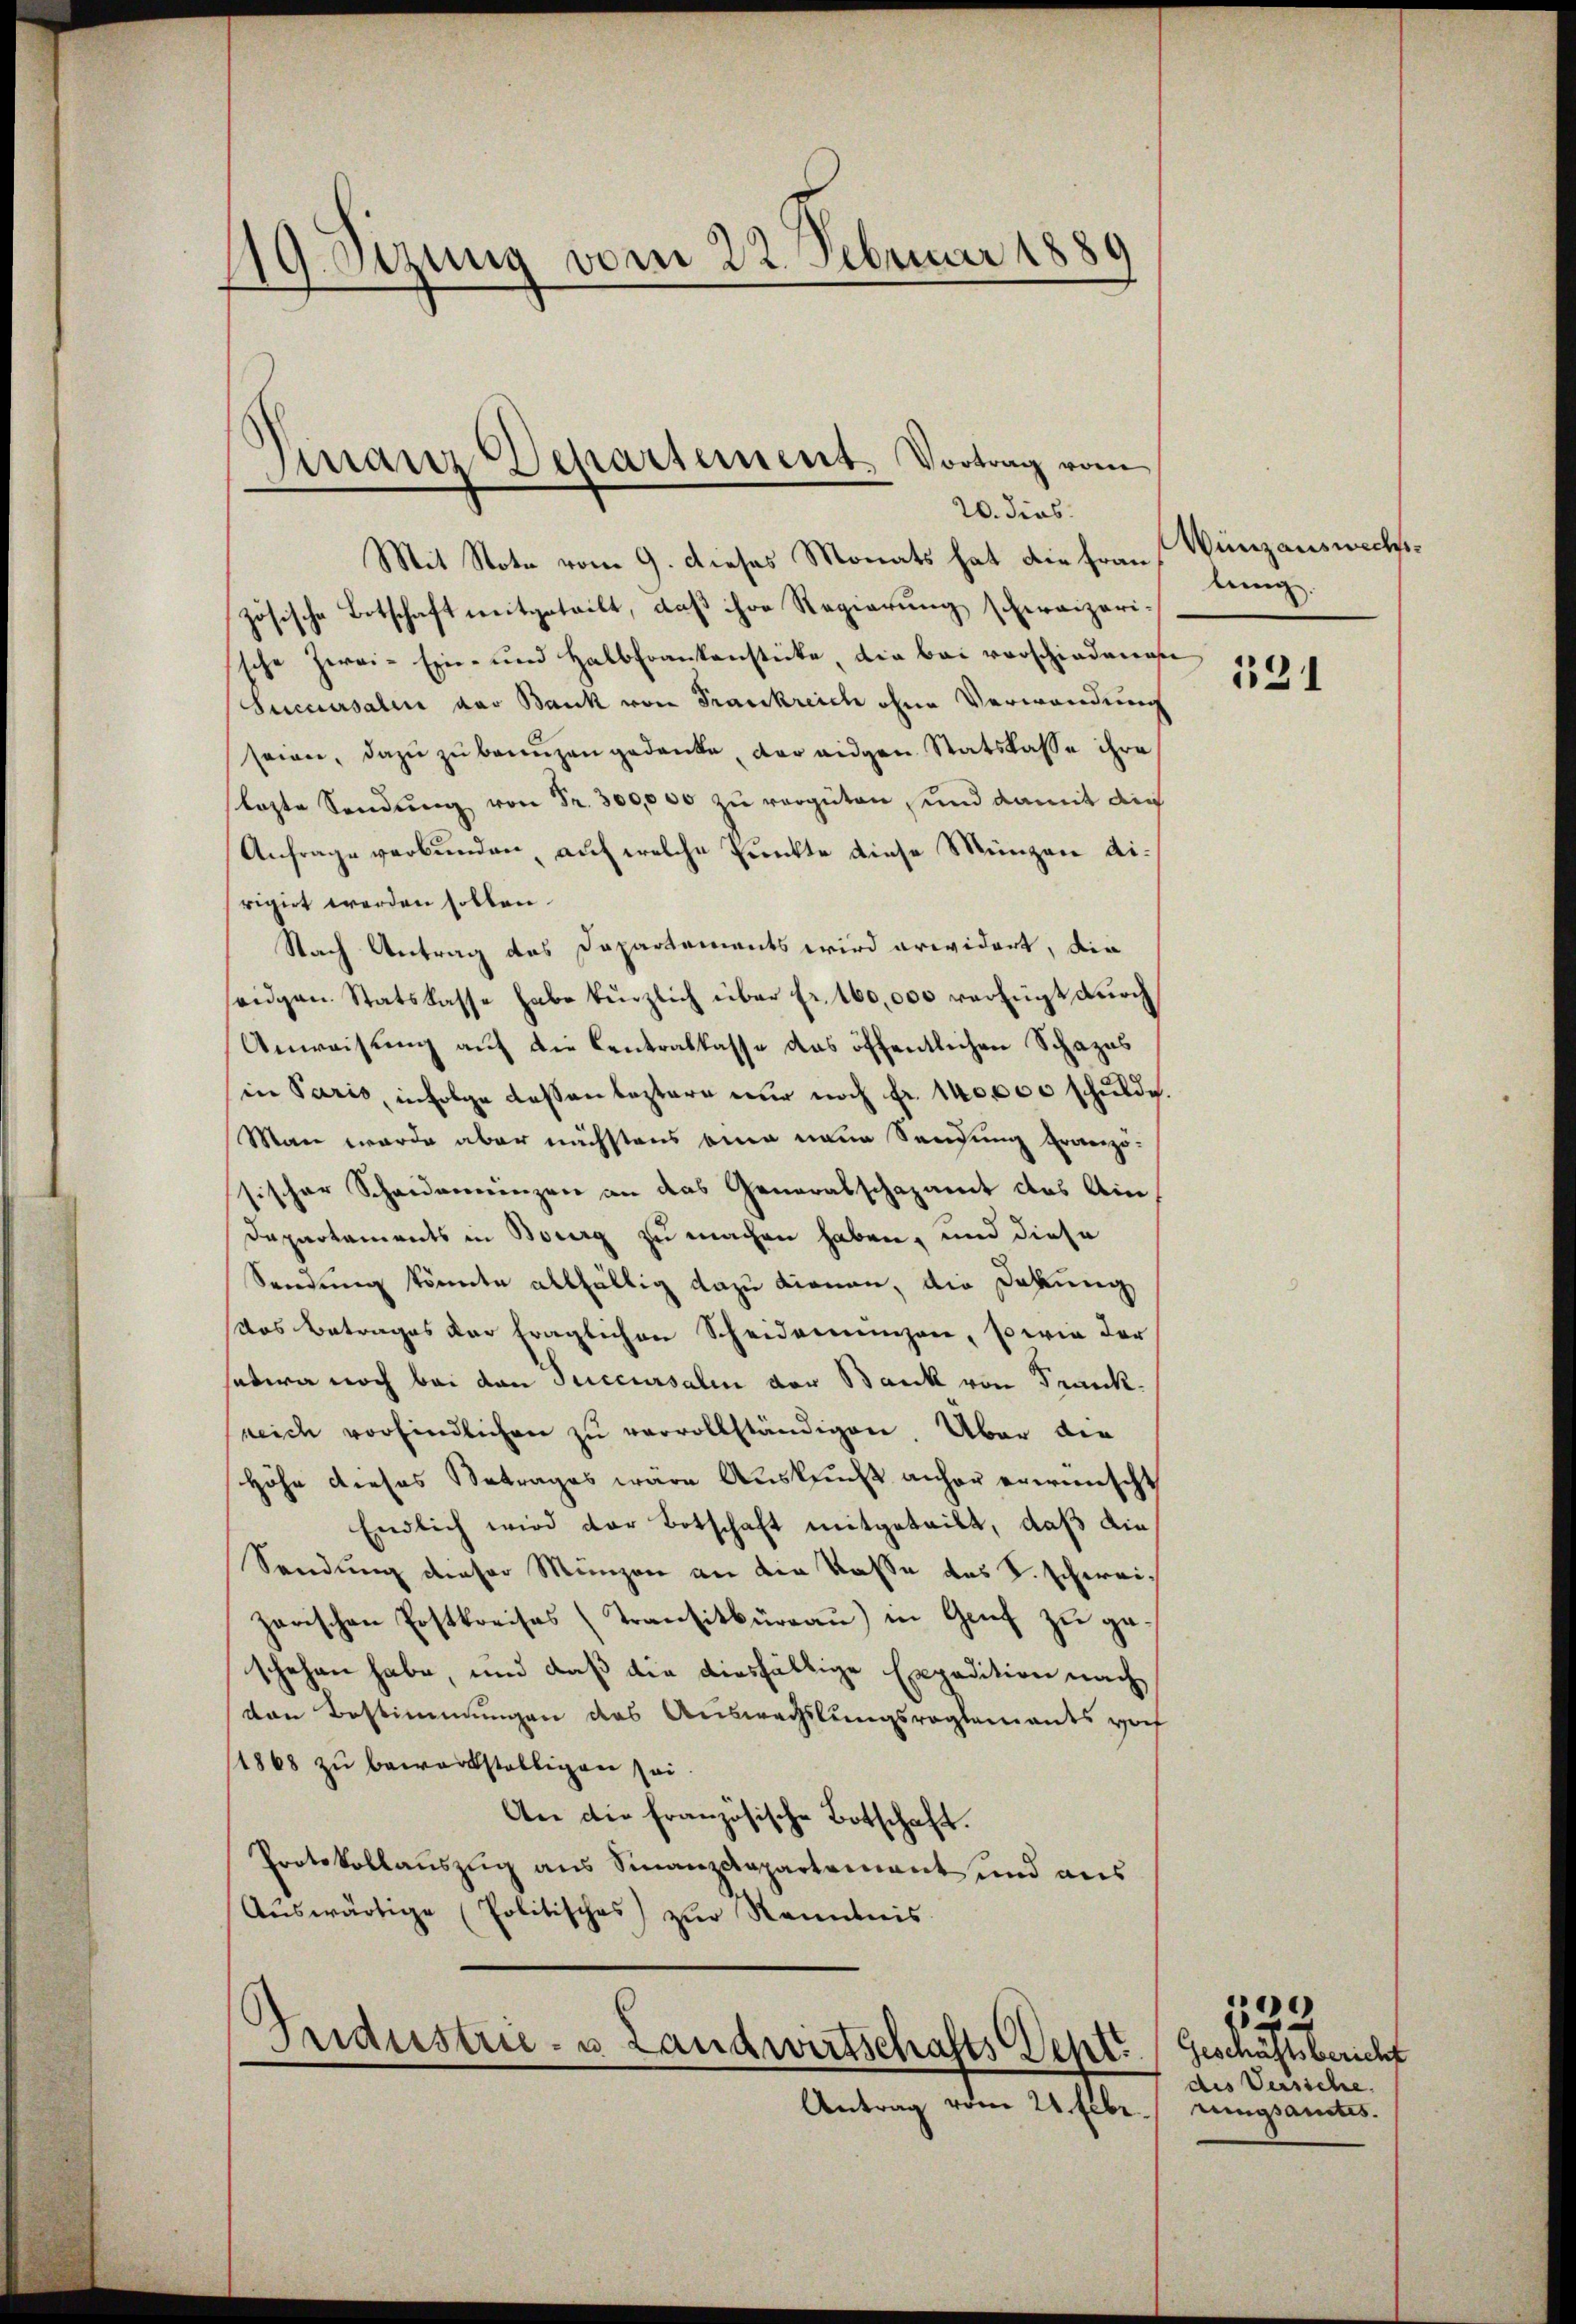
19. Derung vom 22. Februar 1889
.

Finanz Dehartement. Vortrag vom

20. dies
Mit Note vom 9. dieses Monats hat die Frau,
zösische Botschaft mitgeteilt, daß ihre Regierung scheraiparissche Zwei- Ein- und Halbfrankenstücke, die bei vorschiedenes
Succursalen der Bank von Frankreich ohne Verwandung
seien, dazŭ zŭ bringen gedanke, der eigen Statskasse ihre
lezte Sendung von Fr. 300,000 zu vergüten, und damit die
Anfrage verbunden, auf welche Punkte diese Münzen dirigirt werden sollen.
Nach Antrag des Dapartements wird erwidert, die
seidigen Statskasse habe kürzlich über fr. 160,000 verfügt durch
Anweisung auf die Centralkasse das öffentlichen Schazes
in Paris, infolge dessen leztere nur noch fr. 140000 schulde.
Man wurde aber nächstens eine neue Sendung franzö-
sischer Scheidemeinzen an das Generabschazamt des Ain-
Departements in Bourg zu machen haben, und diese
Sendung könnte allfällig dazu dienen, die Dokung
das Betrages dar träglichen Scheiderenzen, so wie der
setire noch bei den Succursalen der Bank von Frankreich vorfindlichen zu vervollständigen. Über die
Höhe dieses Betrages wäre Auskunft anher erwünscht
Endlich wird der Botschaft mitgeteilt, daß die
Sendung dieser Münzen an die Kasse das K. schweizarischen Erstkreises (Transitbüreau) in Genf zu geschehen habe, und daß die diesfällige Expedition nach
den Bestimmungen des Auswechslungsreglements vorf
1868 zu bewerkstelligen sei.
An die französische Botschaft.
Protokollauszug aus Finanzdepartement und aus
Aŭswärtige (Politisches zŭr Kenntnis

Industrie- u Landwirtschafts Dentt

Antrag vom 21 Elbe.

Wünzauswechslung.

131

x
Geschäftsbericht
des Versiche.
rungsamtes.

e